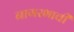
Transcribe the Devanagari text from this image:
नागरभावी